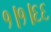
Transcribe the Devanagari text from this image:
१।१।६६